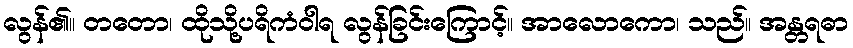
လွန်၏။ တတော၊ ထိုသို့ပရိကံဝါရ လွန်ခြင်းကြောင့်။ အာလောကော၊ သည်။ အန္တရဓာ